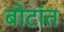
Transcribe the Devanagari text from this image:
बोटांत